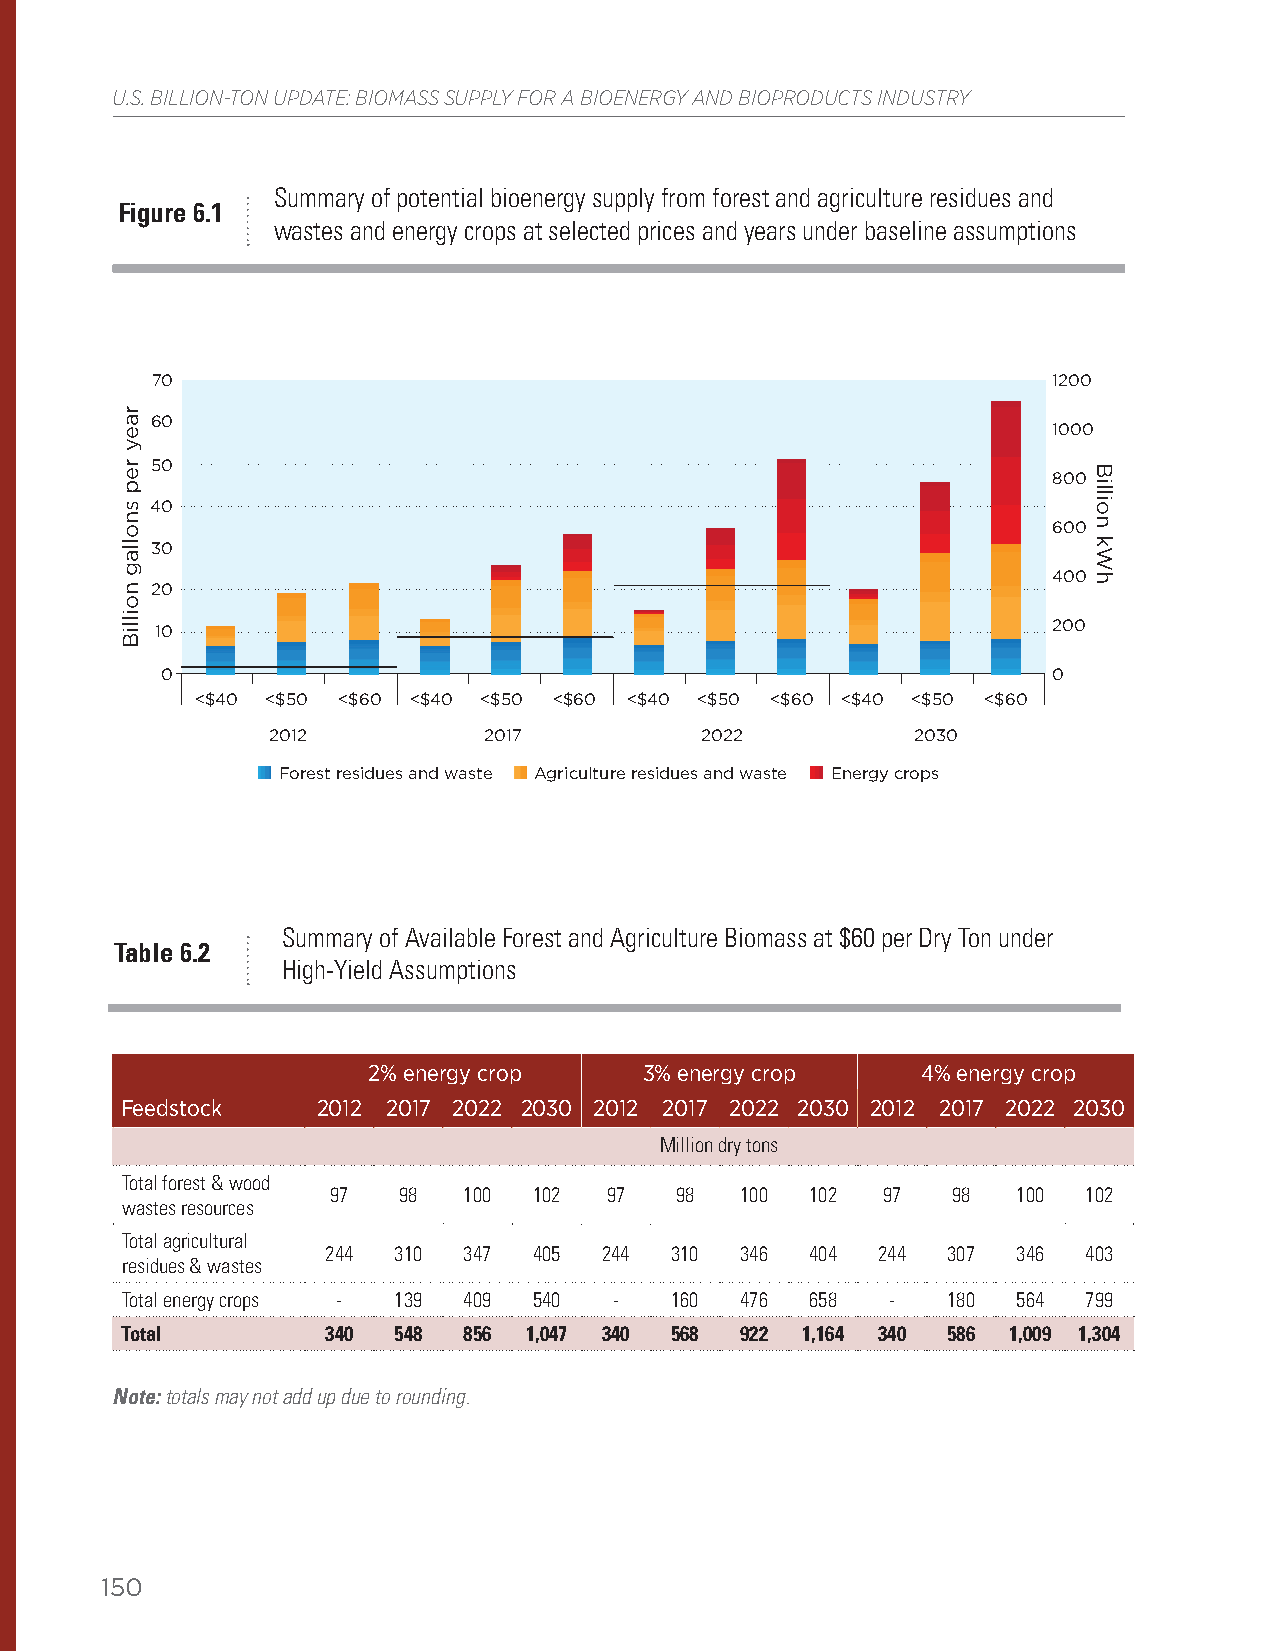
U.S. BILLION-TON UPDATE: BIOMASS SUPPLY FOR A BIOENERGY AND BIOPRODUCTS INDUSTRY
 Summary of potential bioenergy supply from forest and agriculture residues and
 Figure 6.1
 wastes and energy crops at selected prices and years under baseline assumptions
 70                                                          1200
 60
 1000
 50
 800
 40
 600
 30
 400
 20
 10                                                          200
 0                                                          0
 <$40 <$50 <$60 <$40 <$50 <$60 <$40 <$50 <$60 <$40 <$50 <$60
 2012          2017          2022           2030
 Forest residues and waste Agriculture residues and waste Energy crops
 Summary of Available Forest and Agriculture Biomass at $60 per Dry Ton under
 Table 6.2
 High-Yield Assumptions
 2% energy crop     3% energy crop    4% energy crop
 Feedstock    2012 2017 2022 2030 2012 2017 2022 2030 2012 2017 2022 2030
 Million dry tons
 Total forest & wood
 97  98   100 102  97   98  100  102 97   98  100  102
 wastes resources
 Total agricultural
 244 310  347 405  244 310  346  404 244  307 346  403
 residues & wastes
 Total energy crops - 139 409 540 -  160  476  658  -   180 564  799
 Total         340 548  856 1,047 340 568 922 1,164 340 586 1,009 1,304
 Note: totals may not add up due to rounding.
 150
 raey
 rep
 snollag
 noilliB
 Billion
 kWh